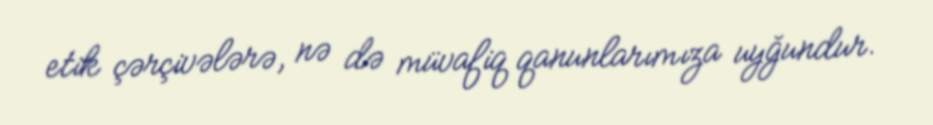
etik çərçivələrə, nə də müvafiq qanunlarımıza uyğundur.